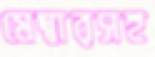
মেম্বারসহ